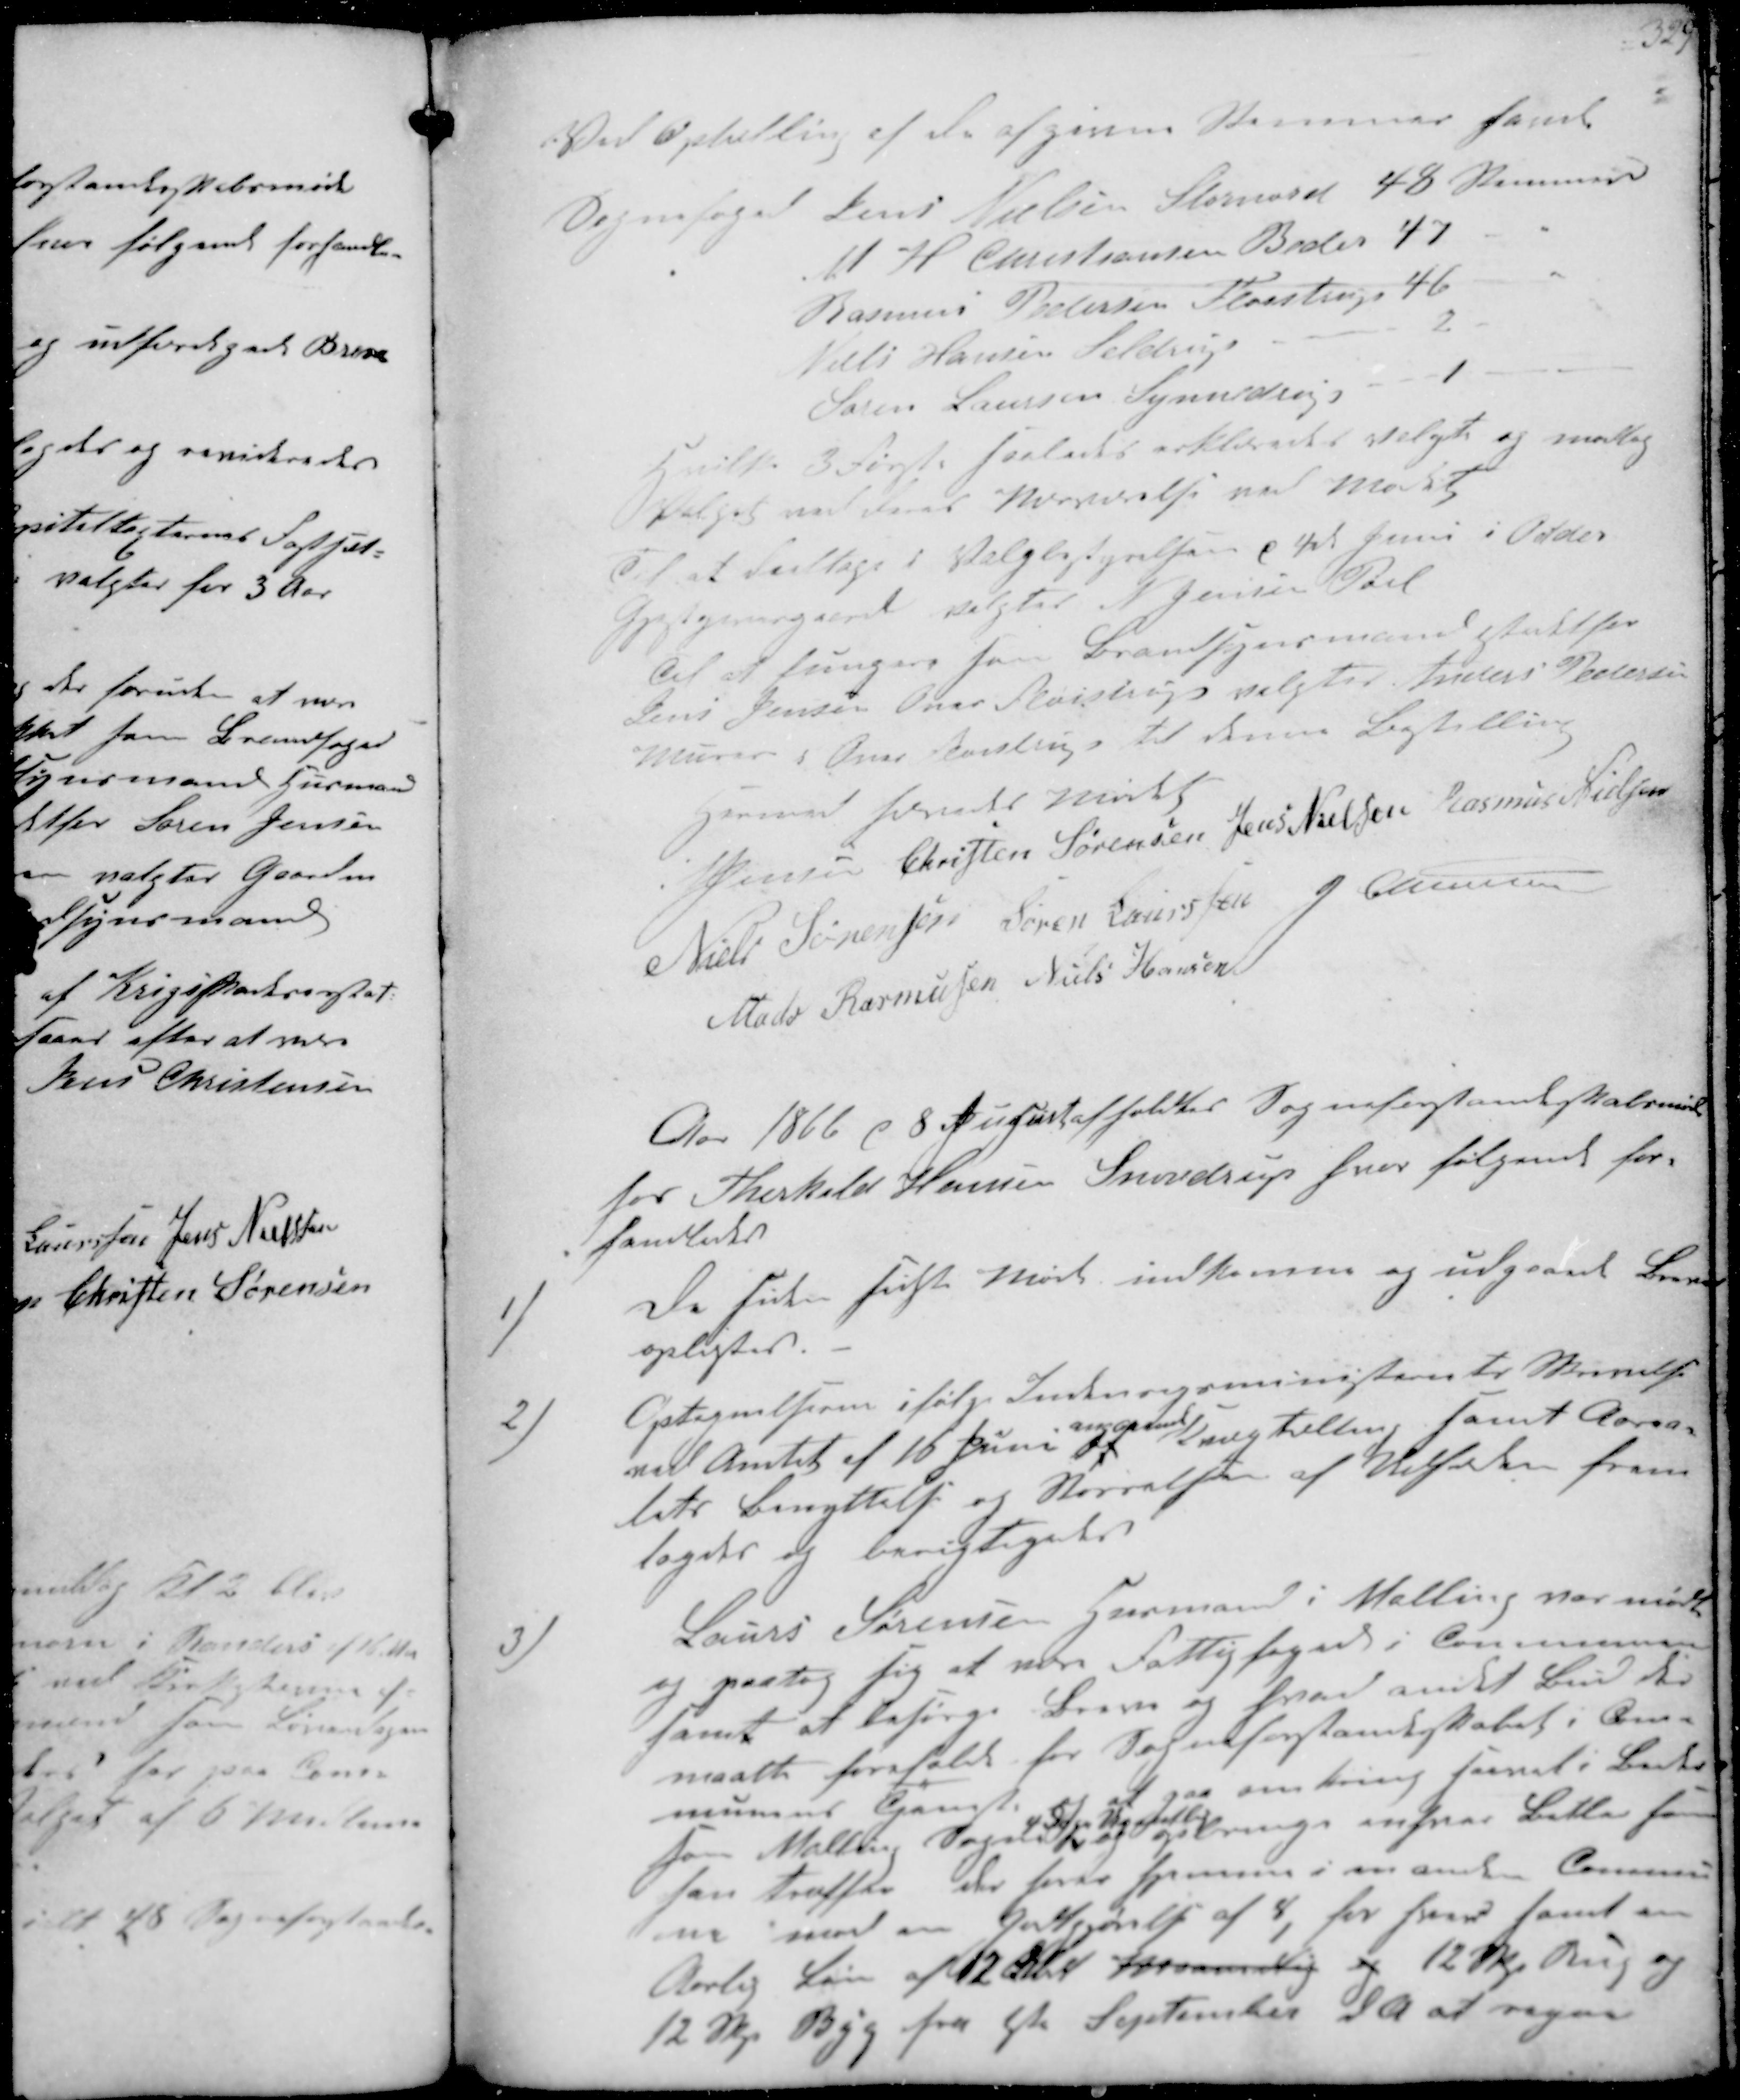
Transskription:
Ved Optælling af de afgivne Stemmer fandt
Sognefoged Jens Nielsen Stornord 48 Stemmer
M H Christiansen Beder 47
Rasmus Pedersen Fløjstrup 46
Øvli Hansen Seldrup
2
Søren Laursen Synnedrup
1
Hvilke 3 Første saaledes erklæredes Valgte og modtog
Valget ved deres Nærværelse ved Mødet
Til at deltage i Valgbestyrelsen 4de Juni i Beder
Gjæstgivergaard valgtes N Jensen Pøel
Til at fungere som Brandsynsmand istedet for
Jens Jensen Over Fløistrup valgtes Anders Pedersen
Murer i Over Fløjstrup til denne Bestilling
Hermed hævedes Mødet
N Jensen
Christen Sørensen
Jens Nielsen
Rasmus Nielsen
Niels Sørensen
Søren Laurssen
J Christensen
Mads Rasmussen
Niels Hansen

Aar 1866 d 8 August afholdtes Sogneforstanderskabsmøde
hos Therkild Hansen Snovdrup hvor følgende for-
handledes
1/
De siden sidste Møde indkomne og udgaaede Breve
oplæstes.
2/
Optegnelserne ifølge Indenrigsministeriets Skrivelse
med Amtet af 16 Juni
angaaende
 samt Area-
tets Benyttelse og Størrelsen af Vildskove frem-
lagdes og berigtigedes
3/
Laurs Sørensen Husmand i Malling var mødt
og paatog sig at være Fattigfoged i Communen
samt at besørge Breve og hvad andet Bud der
maatte forefalde for Sogneforstanderskabet i Com-
munens Tjeneste og at gaa omkring. saavet i Beder
som Malling Sogn 
4 Dage Ugentlig
og   som
han træffer der hører hjemme i en anden Commu-
ne med en Godtgjørelse af 8, har hver samt en
Aarlig Løn af 12 Rdl Maanedlig og 12 Skp Rug og 
12 Skp Byg fra 1ste September dA at regne